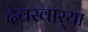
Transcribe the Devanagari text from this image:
देवस्वार्‍या